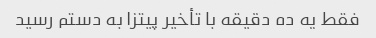
فقط یه ده دقیقه با تأخیر پیتزا به دستم رسید